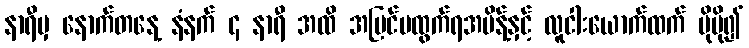
နာရီမှ နောက်တနေ့ နံနက် ၄ နာရီ အထိ အပြင်မထွက်ရအမိန့်နှင့် လူငါးယောက်ထက် ပိုမို၍